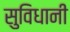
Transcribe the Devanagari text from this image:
सुविधानी